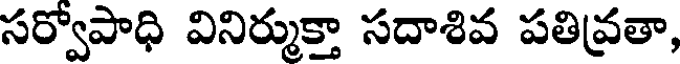
సర్వోపాధి వినిర్ముక్తా సదాశివ పతివ్రతా,